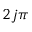
2 j \pi